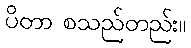
ပိတာ စသည်တည်း။